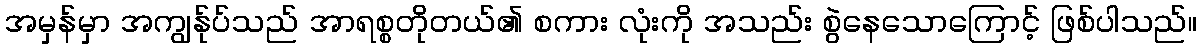
အမှန်မှာ အကျွန်ုပ်သည် အာရစ္စတိုတယ်၏ စကား လုံးကို အသည်း စွဲနေသောကြောင့် ဖြစ်ပါသည်။